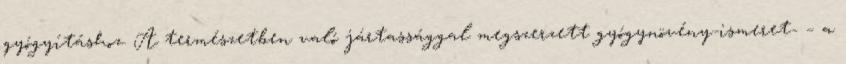
gyógyításhoz. A természetben való jártassággal megszerzett gyógynövény-ismeret- – a